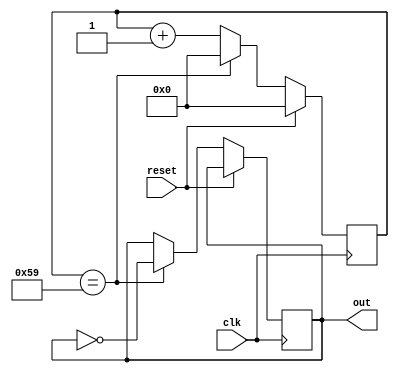
module frequency_divider (
  input clk,
  input reset,
  output reg out
);

reg [11:0] counter;
parameter DIVIDER = 90; //2500 is 50us period

always @(posedge clk) begin
  if (reset) begin
    counter <= 0;
  end else begin
    counter <= counter + 1;
    if (counter == DIVIDER-1) begin
      out <= ~out;
      counter <= 0;
    end
  end
end

endmodule